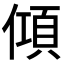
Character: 𬿦